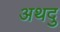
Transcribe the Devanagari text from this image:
अथदु